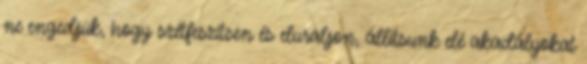
ne engedjük, hogy szétfeszítsen és eluraljon, állítsunk elé akadályokat